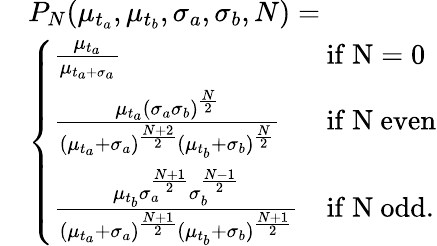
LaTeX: \begin{array}{rl}&{P_{N}(\mu_{t_{a}},\mu_{t_{b}},\sigma_{a},\sigma_{b},N)=}\\ &{\left\{ \begin{array}{lll}{\frac{\mu_{t_{a}}}{\mu_{t_{a}+\sigma_{a}}}}&{\mathrm{if~N=0~}}\\ {\frac{\mu_{t_{a}}(\sigma_{a}\sigma_{b})^{\frac{N}{2}}}{(\mu_{t_{a}}+\sigma_{a})^{\frac{N+2}{2}}(\mu_{t_{b}}+\sigma_{b})^{\frac{N}{2}}}}&{\mathrm{if~N~even}}\\ {\frac{\mu_{t_{b}}\sigma_{a}^{\frac{N+1}{2}}\sigma_{b}^{\frac{N-1}{2}}}{(\mu_{t_{a}}+\sigma_{a})^{\frac{N+1}{2}}(\mu_{t_{b}}+\sigma_{b})^{\frac{N+1}{2}}}}&{\mathrm{if~N~odd}.}\end{array}\right.}\end{array}